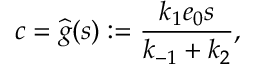
c = \widehat g ( s ) : = \frac { k _ { 1 } e _ { 0 } s } { k _ { - 1 } + k _ { 2 } } ,